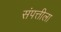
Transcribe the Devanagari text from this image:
संपत्तीला